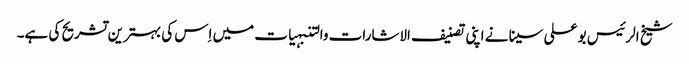
شیخ الرئیس بو علی سینا نے اپنی تصنیف الاشارات والتنبہیات میں اِس کی بہترین تشریح کی ہے۔